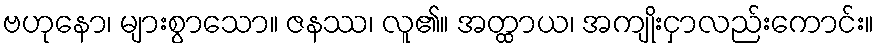
ဗဟုနော၊ များစွာသော။ ဇနဿ၊ လူ၏။ အတ္ထာယ၊ အကျိုးငှာလည်းကောင်း။